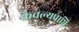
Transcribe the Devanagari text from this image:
कैवल्यप्राप्ति